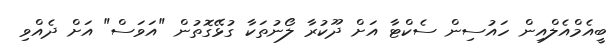
ބީއެމްއެލްއިން ހައުސިން ސެކްޓާ އަށް ދޫކުރާ ލޯނުތަކާ ގުޅޭގޮތުން "އަވަސް" އަށް ދެއްވި